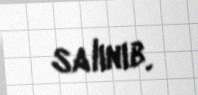
salınıb.